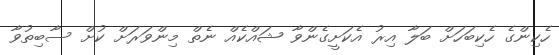
ހެކިންގެ ހެކިބަހަށް ބަލާ އިރު އެކަށީގެންވާ ޝައްކެއް ނެތް މިންވަރަށް ކުށް ސާބިތުވާ